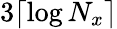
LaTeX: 3\lceil\log N_{x}\rceil